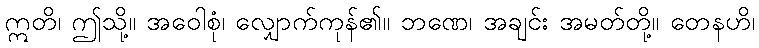
ဣတိ၊ ဤသို့။ အဝေါစုံ၊ လျှောက်ကုန်၏။ ဘဏေ၊ အချင်း အမတ်တို့။ တေနဟိ၊